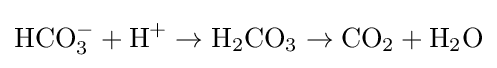
{\rm {HCO_{3}^{-}+H^{+}\rightarrow H_{2}CO_{3}\rightarrow CO_{2}+H_{2}O}}